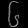
Digit: ၆